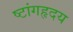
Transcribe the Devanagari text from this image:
ष्टांगहृदय